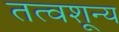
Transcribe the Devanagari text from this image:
तत्वशून्य